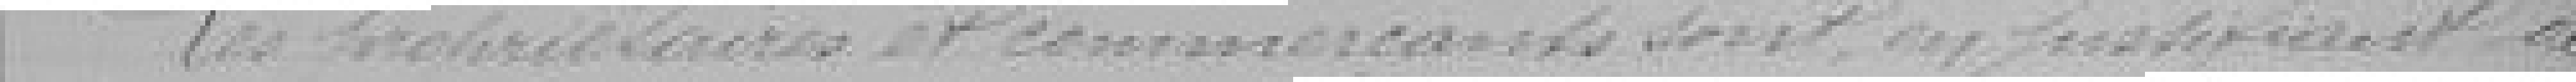
Les propriétaires et commerçants sont en fonction de